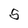
Character: S